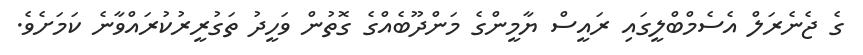
ގެ ޖެނެރަލް އެސެމްބްލީގައި ރައީސް ޔާމީންގެ މަންދޫބެއްގެ ގޮތުން ވަހީދު ތަގުރީރުކުރައްވާނެ ކަމަށެވެ.